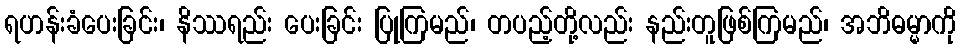
ရဟန်းခံပေးခြင်း၊ နိဿရည်း ပေးခြင်း ပြုကြမည်၊ တပည့်တို့လည်း နည်းတူဖြစ်ကြမည်၊ အဘိဓမ္မာကို